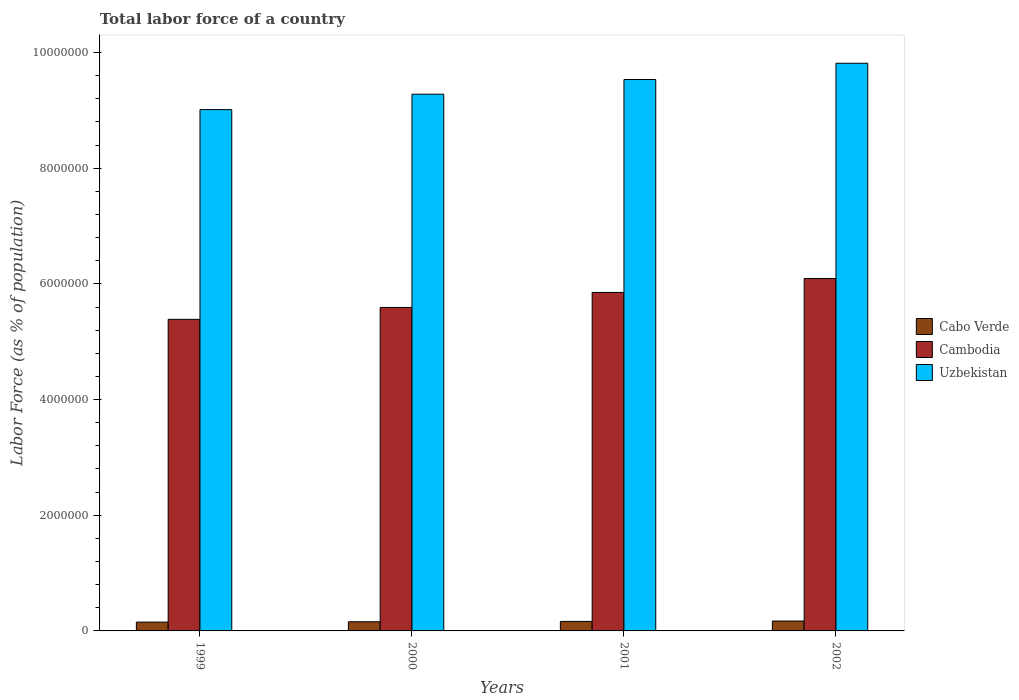
| Years | Cabo Verde | Cambodia | Uzbekistan |
 | --- | --- | --- | --- |
 | 1999 | 1.53e+05 | 5.39e+06 | 9.01e+06 |
 | 2000 | 1.58e+05 | 5.59e+06 | 9.28e+06 |
 | 2001 | 1.64e+05 | 5.85e+06 | 9.53e+06 |
 | 2002 | 1.71e+05 | 6.09e+06 | 9.81e+06 |